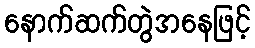
နောက်ဆက်တွဲအနေဖြင့်